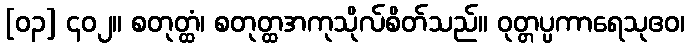
[၀၃] ၄၀၂။ စတုတ္ထံ၊ စတုတ္ထအကုသိုလ်စိတ်သည်။ ဝုတ္တပ္ပကာရေသုဧဝ၊